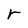
Character: r